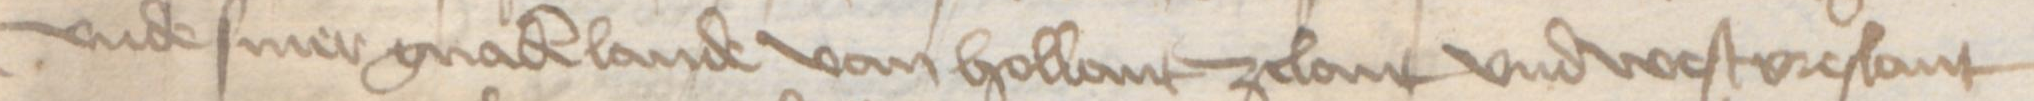
vnde siner gnaden lande van Hollant Zelant vnd Westvreslant